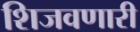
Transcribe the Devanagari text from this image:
शिजवणारी